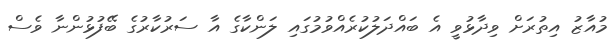
މުއާޒު އިތުރަށް ވިދާޅުވީ އެ ބައްދަލުކުރެއްވުމުގައި ލަންކާގެ އާ ސަރުކާރުގެ ބޭފުޅުންނާ ވެސް